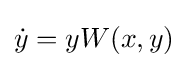
{\dot {y}}=yW(x,y)